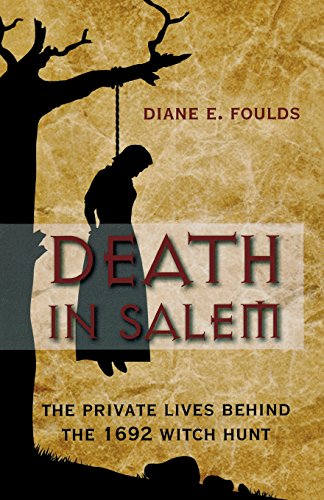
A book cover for Death in Salem: The Private Lives Behind The 1692 Witch Hunt; Diane Foulds; History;